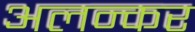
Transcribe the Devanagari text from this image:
अलन्कर